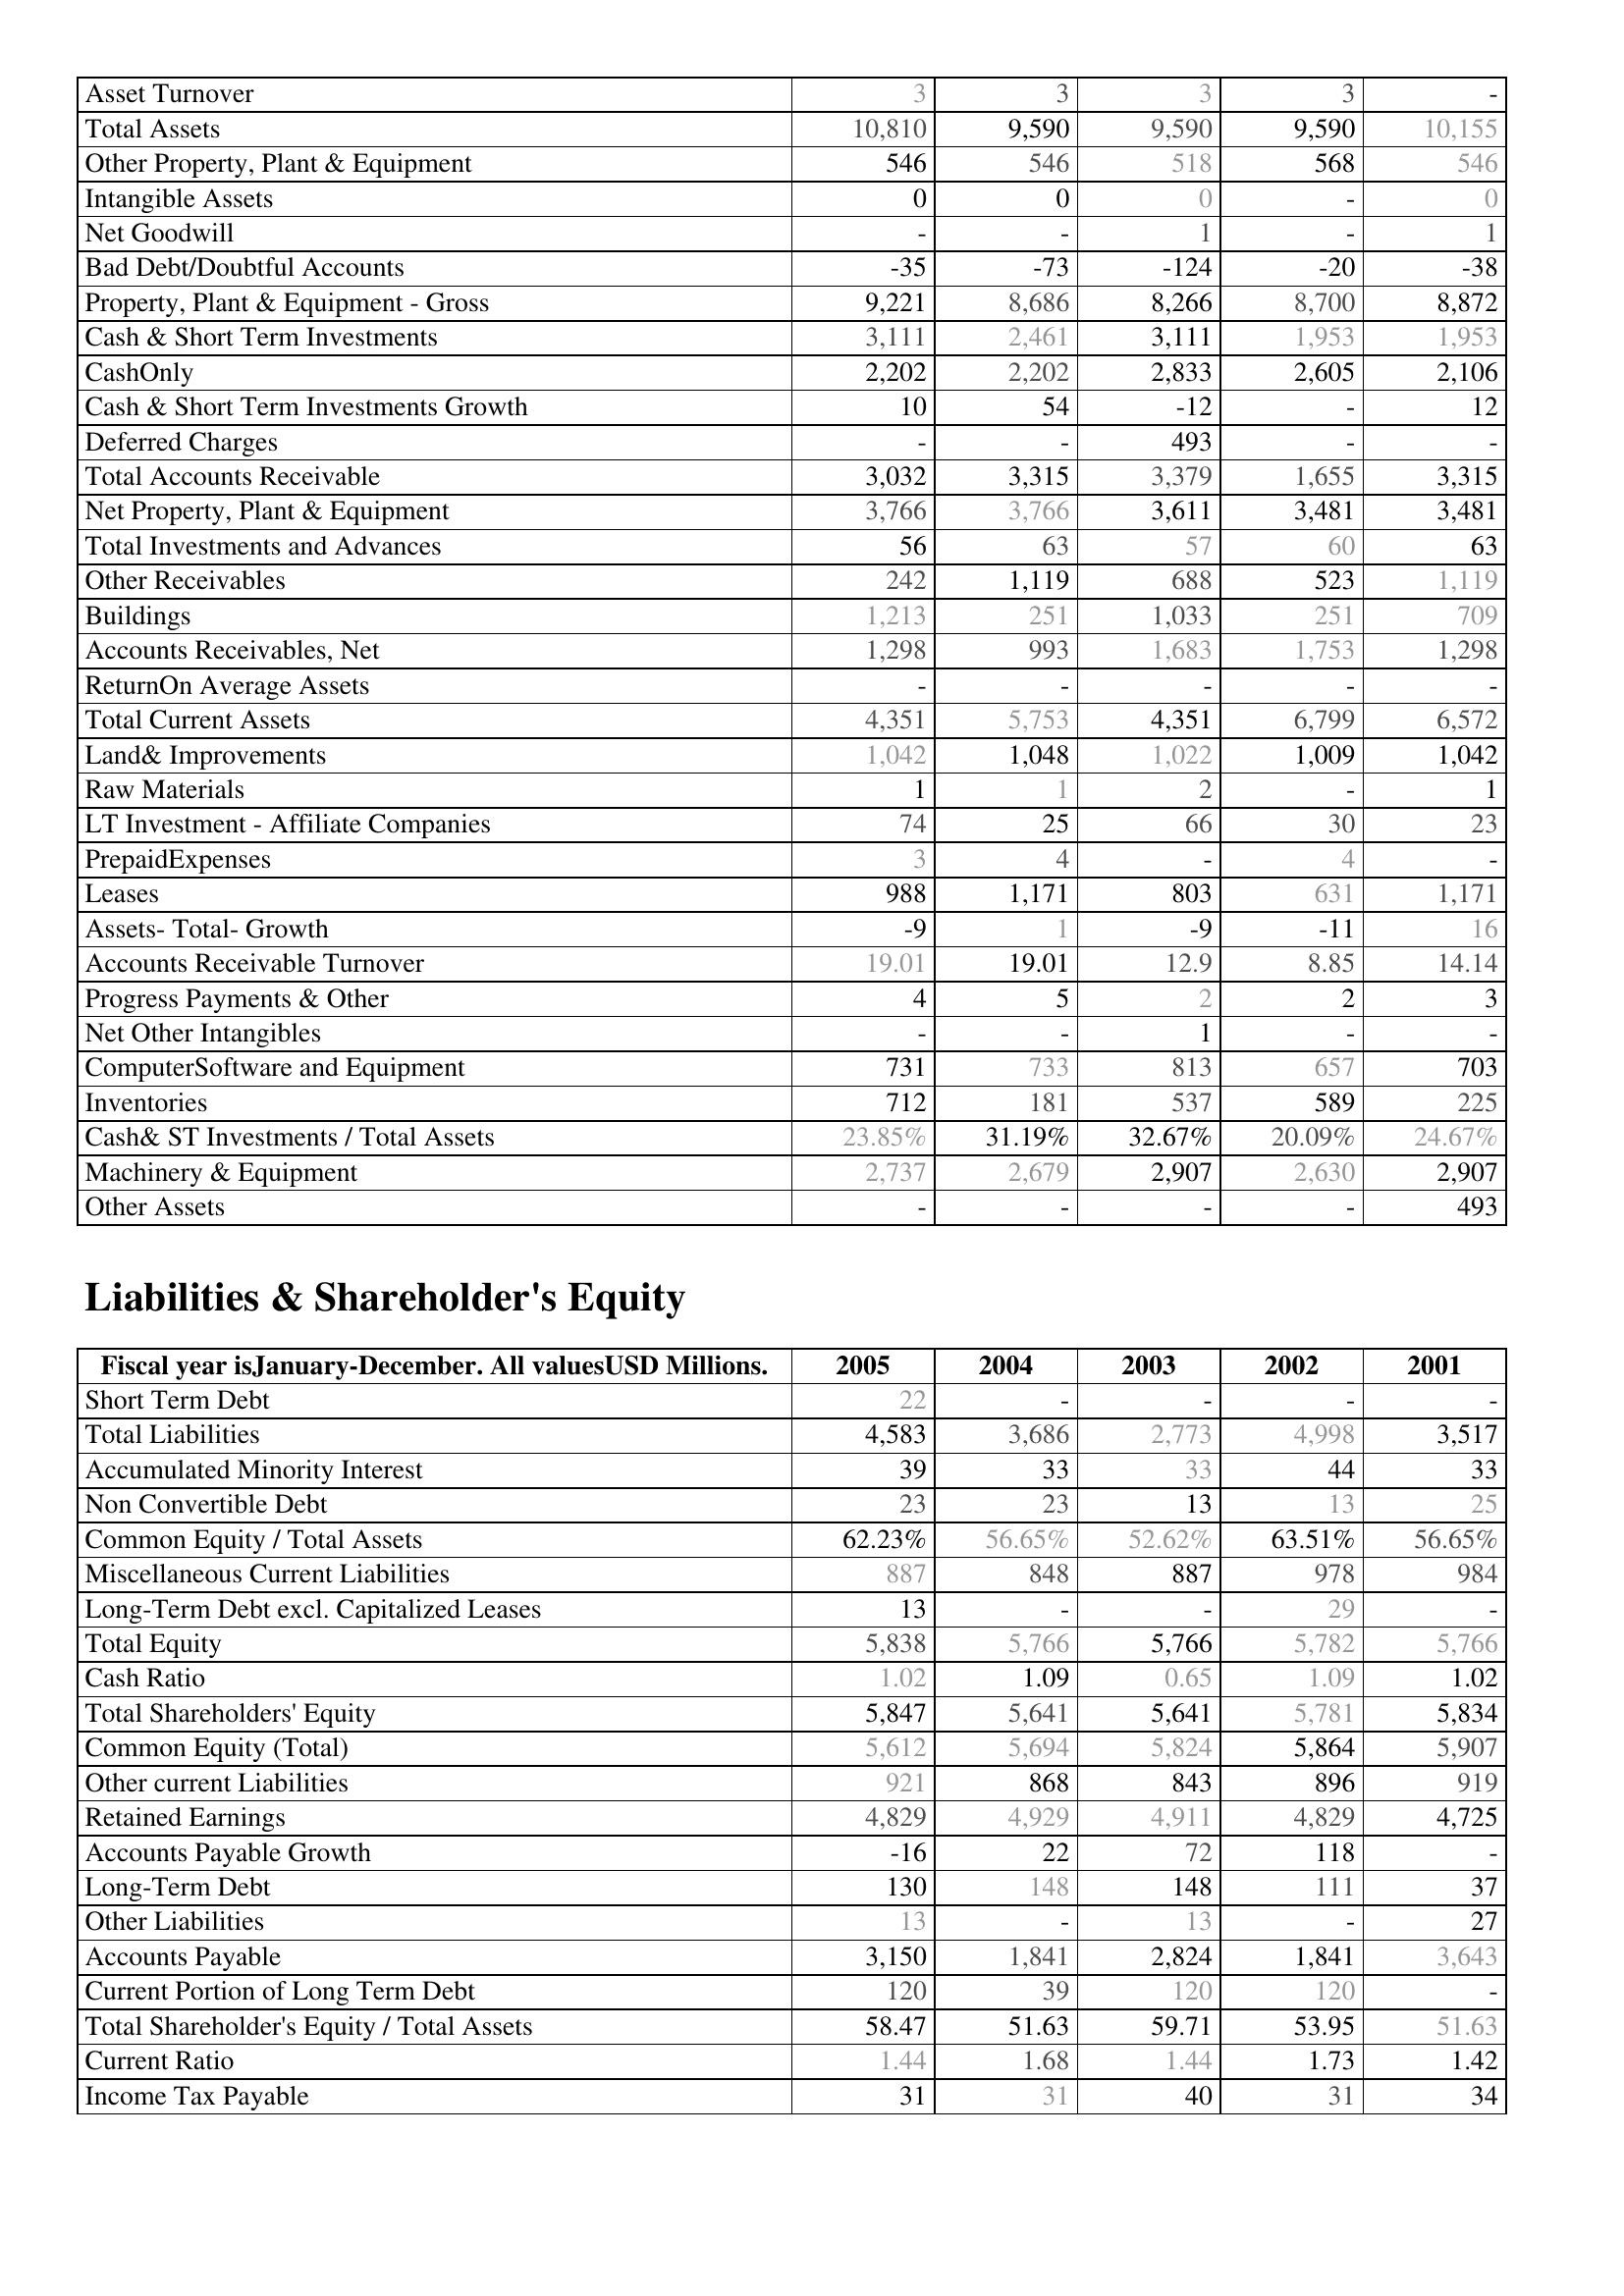
2005: Assets: Asset Turnover: 3
Total Assets: 10,810
Other Property, Plant & Equipment: 546
Intangible Assets: 0
Net Goodwill: -
Bad Debt/Doubtful Accounts: -35
Property, Plant & Equipment - Gross : 9,221
Cash & Short Term Investments: 3,111
CashOnly: 2,202
Cash & Short Term Investments Growth: 10
Deferred Charges: -
Total Accounts Receivable: 3,032
Net Property, Plant & Equipment: 3,766
Total Investments and Advances: 56
Other Receivables: 242
Buildings: 1,213
Accounts Receivables, Net: 1,298
ReturnOn Average Assets: -
Total Current Assets: 4,351
Land& Improvements: 1,042
Raw Materials: 1
LT Investment - Affiliate Companies: 74
PrepaidExpenses: 3
Leases: 988
Assets- Total- Growth: -9
Accounts Receivable Turnover: 19.01
Progress Payments & Other: 4
Net Other Intangibles: -
ComputerSoftware and Equipment: 731
Inventories: 712
Cash& ST Investments / Total Assets: 23.85%
Machinery & Equipment: 2,737
Other Assets: -
Liabilities & Shareholder's Equity: Short Term Debt: 22
Total Liabilities: 4,583
Accumulated Minority Interest: 39
Non Convertible Debt: 23
Common Equity / Total Assets: 62.23%
Miscellaneous Current Liabilities: 887
Long-Term Debt excl. Capitalized Leases: 13
Total Equity: 5,838
Cash Ratio: 1.02
Total Shareholders' Equity: 5,847
Common Equity (Total): 5,612
Other current Liabilities: 921
Retained Earnings: 4,829
Accounts Payable Growth: -16
Long-Term Debt: 130
Other Liabilities: 13
Accounts Payable: 3,150
Current Portion of Long Term Debt: 120
Total Shareholder's Equity / Total Assets: 58.47
Current Ratio: 1.44
Income Tax Payable: 31
2004: Assets: Asset Turnover: 3
Total Assets: 9,590
Other Property, Plant & Equipment: 546
Intangible Assets: 0
Net Goodwill: -
Bad Debt/Doubtful Accounts: -73
Property, Plant & Equipment - Gross : 8,686
Cash & Short Term Investments: 2,461
CashOnly: 2,202
Cash & Short Term Investments Growth: 54
Deferred Charges: -
Total Accounts Receivable: 3,315
Net Property, Plant & Equipment: 3,766
Total Investments and Advances: 63
Other Receivables: 1,119
Buildings: 251
Accounts Receivables, Net: 993
ReturnOn Average Assets: -
Total Current Assets: 5,753
Land& Improvements: 1,048
Raw Materials: 1
LT Investment - Affiliate Companies: 25
PrepaidExpenses: 4
Leases: 1,171
Assets- Total- Growth: 1
Accounts Receivable Turnover: 19.01
Progress Payments & Other: 5
Net Other Intangibles: -
ComputerSoftware and Equipment: 733
Inventories: 181
Cash& ST Investments / Total Assets: 31.19%
Machinery & Equipment: 2,679
Other Assets: -
Liabilities & Shareholder's Equity: Short Term Debt: -
Total Liabilities: 3,686
Accumulated Minority Interest: 33
Non Convertible Debt: 23
Common Equity / Total Assets: 56.65%
Miscellaneous Current Liabilities: 848
Long-Term Debt excl. Capitalized Leases: -
Total Equity: 5,766
Cash Ratio: 1.09
Total Shareholders' Equity: 5,641
Common Equity (Total): 5,694
Other current Liabilities: 868
Retained Earnings: 4,929
Accounts Payable Growth: 22
Long-Term Debt: 148
Other Liabilities: -
Accounts Payable: 1,841
Current Portion of Long Term Debt: 39
Total Shareholder's Equity / Total Assets: 51.63
Current Ratio: 1.68
Income Tax Payable: 31
2003: Assets: Asset Turnover: 3
Total Assets: 9,590
Other Property, Plant & Equipment: 518
Intangible Assets: 0
Net Goodwill: 1
Bad Debt/Doubtful Accounts: -124
Property, Plant & Equipment - Gross : 8,266
Cash & Short Term Investments: 3,111
CashOnly: 2,833
Cash & Short Term Investments Growth: -12
Deferred Charges: 493
Total Accounts Receivable: 3,379
Net Property, Plant & Equipment: 3,611
Total Investments and Advances: 57
Other Receivables: 688
Buildings: 1,033
Accounts Receivables, Net: 1,683
ReturnOn Average Assets: -
Total Current Assets: 4,351
Land& Improvements: 1,022
Raw Materials: 2
LT Investment - Affiliate Companies: 66
PrepaidExpenses: -
Leases: 803
Assets- Total- Growth: -9
Accounts Receivable Turnover: 12.9
Progress Payments & Other: 2
Net Other Intangibles: 1
ComputerSoftware and Equipment: 813
Inventories: 537
Cash& ST Investments / Total Assets: 32.67%
Machinery & Equipment: 2,907
Other Assets: -
Liabilities & Shareholder's Equity: Short Term Debt: -
Total Liabilities: 2,773
Accumulated Minority Interest: 33
Non Convertible Debt: 13
Common Equity / Total Assets: 52.62%
Miscellaneous Current Liabilities: 887
Long-Term Debt excl. Capitalized Leases: -
Total Equity: 5,766
Cash Ratio: 0.65
Total Shareholders' Equity: 5,641
Common Equity (Total): 5,824
Other current Liabilities: 843
Retained Earnings: 4,911
Accounts Payable Growth: 72
Long-Term Debt: 148
Other Liabilities: 13
Accounts Payable: 2,824
Current Portion of Long Term Debt: 120
Total Shareholder's Equity / Total Assets: 59.71
Current Ratio: 1.44
Income Tax Payable: 40
2002: Assets: Asset Turnover: 3
Total Assets: 9,590
Other Property, Plant & Equipment: 568
Intangible Assets: -
Net Goodwill: -
Bad Debt/Doubtful Accounts: -20
Property, Plant & Equipment - Gross : 8,700
Cash & Short Term Investments: 1,953
CashOnly: 2,605
Cash & Short Term Investments Growth: -
Deferred Charges: -
Total Accounts Receivable: 1,655
Net Property, Plant & Equipment: 3,481
Total Investments and Advances: 60
Other Receivables: 523
Buildings: 251
Accounts Receivables, Net: 1,753
ReturnOn Average Assets: -
Total Current Assets: 6,799
Land& Improvements: 1,009
Raw Materials: -
LT Investment - Affiliate Companies: 30
PrepaidExpenses: 4
Leases: 631
Assets- Total- Growth: -11
Accounts Receivable Turnover: 8.85
Progress Payments & Other: 2
Net Other Intangibles: -
ComputerSoftware and Equipment: 657
Inventories: 589
Cash& ST Investments / Total Assets: 20.09%
Machinery & Equipment: 2,630
Other Assets: -
Liabilities & Shareholder's Equity: Short Term Debt: -
Total Liabilities: 4,998
Accumulated Minority Interest: 44
Non Convertible Debt: 13
Common Equity / Total Assets: 63.51%
Miscellaneous Current Liabilities: 978
Long-Term Debt excl. Capitalized Leases: 29
Total Equity: 5,782
Cash Ratio: 1.09
Total Shareholders' Equity: 5,781
Common Equity (Total): 5,864
Other current Liabilities: 896
Retained Earnings: 4,829
Accounts Payable Growth: 118
Long-Term Debt: 111
Other Liabilities: -
Accounts Payable: 1,841
Current Portion of Long Term Debt: 120
Total Shareholder's Equity / Total Assets: 53.95
Current Ratio: 1.73
Income Tax Payable: 31
2001: Assets: Asset Turnover: -
Total Assets: 10,155
Other Property, Plant & Equipment: 546
Intangible Assets: 0
Net Goodwill: 1
Bad Debt/Doubtful Accounts: -38
Property, Plant & Equipment - Gross : 8,872
Cash & Short Term Investments: 1,953
CashOnly: 2,106
Cash & Short Term Investments Growth: 12
Deferred Charges: -
Total Accounts Receivable: 3,315
Net Property, Plant & Equipment: 3,481
Total Investments and Advances: 63
Other Receivables: 1,119
Buildings: 709
Accounts Receivables, Net: 1,298
ReturnOn Average Assets: -
Total Current Assets: 6,572
Land& Improvements: 1,042
Raw Materials: 1
LT Investment - Affiliate Companies: 23
PrepaidExpenses: -
Leases: 1,171
Assets- Total- Growth: 16
Accounts Receivable Turnover: 14.14
Progress Payments & Other: 3
Net Other Intangibles: -
ComputerSoftware and Equipment: 703
Inventories: 225
Cash& ST Investments / Total Assets: 24.67%
Machinery & Equipment: 2,907
Other Assets: 493
Liabilities & Shareholder's Equity: Short Term Debt: -
Total Liabilities: 3,517
Accumulated Minority Interest: 33
Non Convertible Debt: 25
Common Equity / Total Assets: 56.65%
Miscellaneous Current Liabilities: 984
Long-Term Debt excl. Capitalized Leases: -
Total Equity: 5,766
Cash Ratio: 1.02
Total Shareholders' Equity: 5,834
Common Equity (Total): 5,907
Other current Liabilities: 919
Retained Earnings: 4,725
Accounts Payable Growth: -
Long-Term Debt: 37
Other Liabilities: 27
Accounts Payable: 3,643
Current Portion of Long Term Debt: -
Total Shareholder's Equity / Total Assets: 51.63
Current Ratio: 1.42
Income Tax Payable: 34